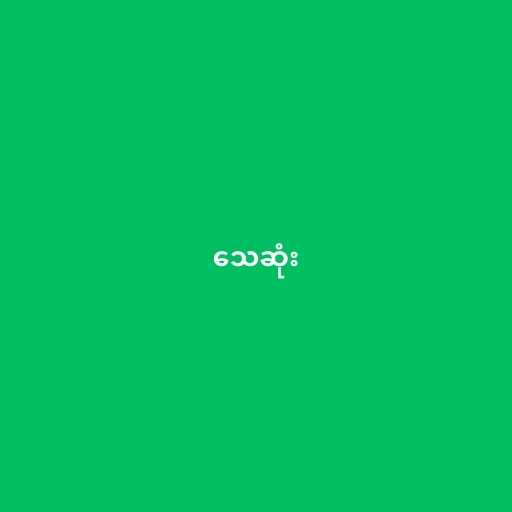
သေဆုံး